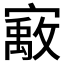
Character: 𰍞